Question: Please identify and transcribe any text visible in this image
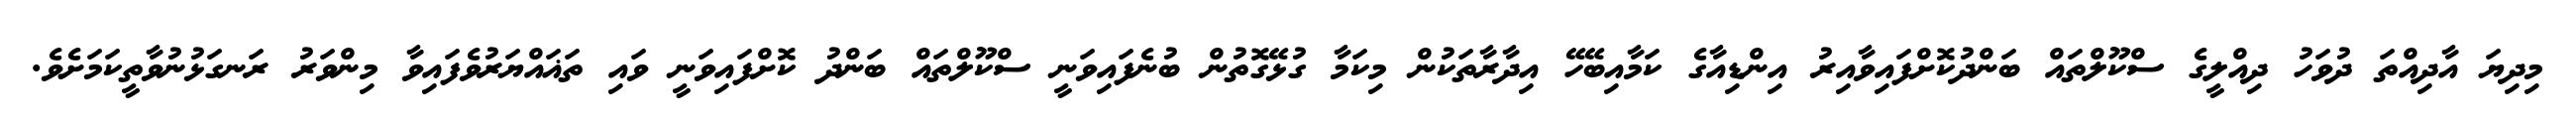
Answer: މިދިޔަ އާދިއްތަ ދުވަހު ދިއްލީގެ ސްކޫލްތައް ބަންދުކޮށްފައިވާއިރު އިންޑިއާގެ ކަމާއިބޭހޭ އިދާރާތަކުން މިކަމާ ގުޅޭގޮތުން ބުނެފައިވަނީ ސްކޫލްތައް ބަންދު ކޮށްފައިވަނީ ވައި ތަޣައްޔަރުވެފައިވާ މިންވަރު ރަނގަޅުނުވާތީކަމަށެވެ.